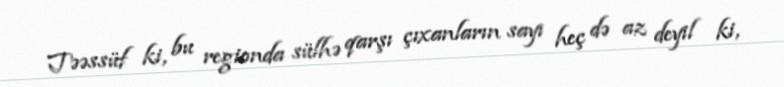
Təəssüf ki, bu regionda sülhə qarşı çıxanların sayı heç də az deyil ki,